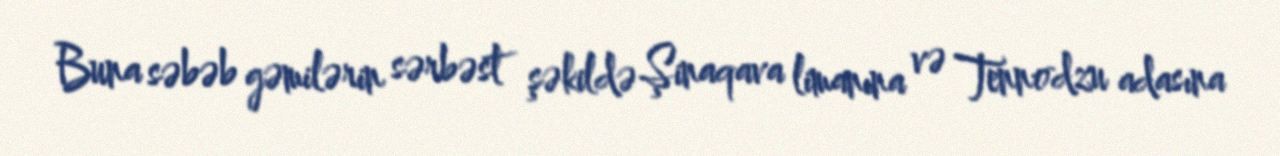
Buna səbəb gəmilərin sərbəst şəkildə Şinaqava limanına və Tennodzu adasına